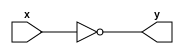
module notgate(y,x);
output y;
input x;
nand(y,x,x);
endmodule